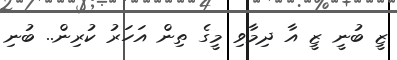
ޒީ ބުނީ ޒީ އާ ދިމާވި މީގެ ތިން އަހަރު ކުރިން.. ބުނި